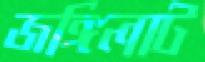
জঙ্গিলাট